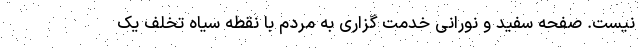
نیست. صفحه سفید و نورانی خدمت گزاری به مردم با نقطه سیاه تخلف یک